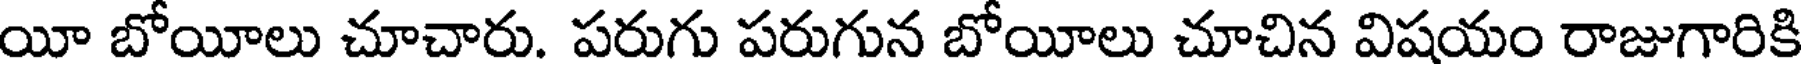
యీ బోయీలు చూచారు. పరుగు పరుగున బోయీలు చూచిన విషయం రాజుగారికి